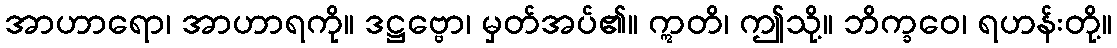
အာဟာရော၊ အာဟာရကို။ ဒဋ္ဌဗ္ဗော၊ မှတ်အပ်၏။ ဣတိ၊ ဤသို့။ ဘိက္ခဝေ၊ ရဟန်းတို့။